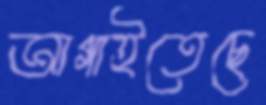
আগাইতেছে